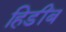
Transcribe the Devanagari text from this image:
हिडींब